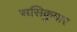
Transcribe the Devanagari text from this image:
ससिकुमार